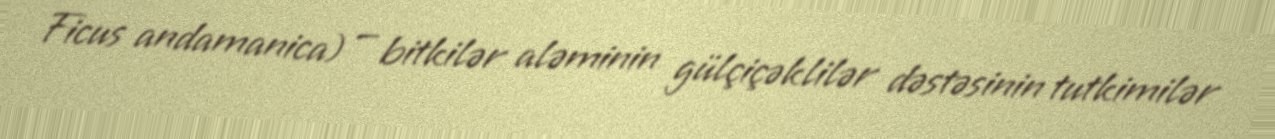
Ficus andamanica) — bitkilər aləminin gülçiçəklilər dəstəsinin tutkimilər